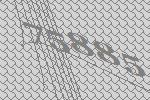
75885